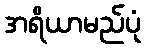
အရိယာမည်ပုံ